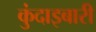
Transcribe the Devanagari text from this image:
कुंदाइबारी